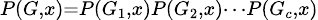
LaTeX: \scriptstyle P(G,x)=P(G_{1},x)P(G_{2},x)\cdots P(G_{c},x)